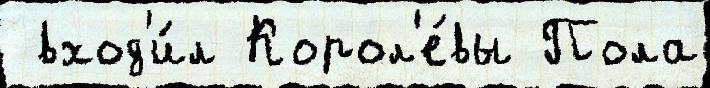
 вход'и́л Корол'е́вы Пола